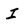
Character: I